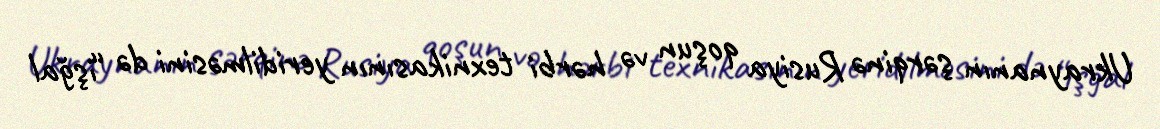
Ukraynanın şərqinə Rusiya qoşun və hərbi texnikasının yeridilməsini də “işğal